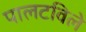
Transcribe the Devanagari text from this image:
पालटविले